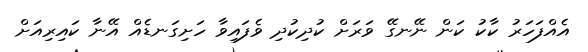
އެއްފަހަރު ކާކު ކަން ނޭނގޭ ވަރަށް ކުދިކުދި ވެފައިވާ ހަށިގަނޑެއް އޭނާ ކައިރިއަށް